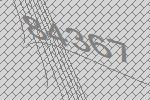
84367